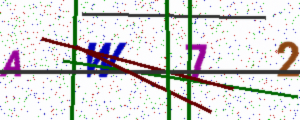
Text: AW72